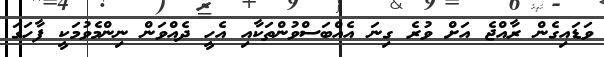
ވަޑައިގެން ރާއްޖެ އަށް ވުރެ ގިނަ އެއްބަސްވުންތަކާއި އެހީ ދެއްވަން ނިންމެވުމަކީ ފާހަގަ